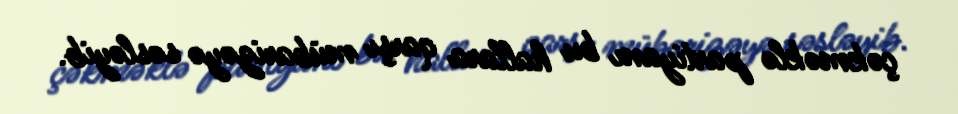
çəkməklə partiyanı bu hallara qarşı mübarizəyə səsləyib.